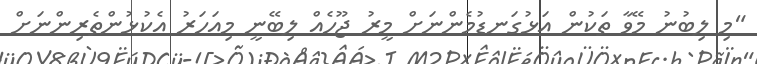
"މި ލިބުނު މޭވާ ތަކުން އަޅުގަނޑުމެންނަށް މީރު ޖޫހެއް ލިބޭނީ މިއަހަރު އެކުޅުންތެރިންނަށް